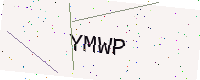
Text: YMWP